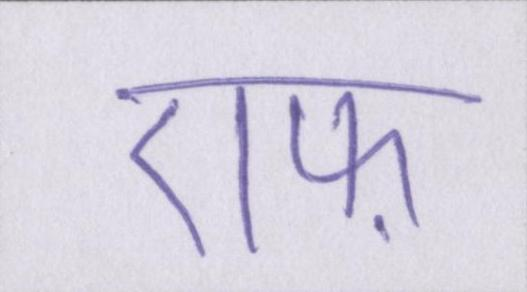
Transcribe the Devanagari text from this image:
एफ़